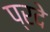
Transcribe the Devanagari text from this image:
प्रदे